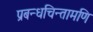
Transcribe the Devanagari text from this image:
प्रबन्धचिन्तामणि